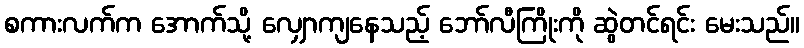
စကားလက်က အောက်သို့ လျှောကျနေသည့် ဘော်လီကြိုးကို ဆွဲတင်ရင်း မေးသည်။